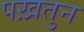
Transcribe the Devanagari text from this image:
पख़तुन